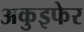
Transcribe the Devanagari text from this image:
अकुइफेर